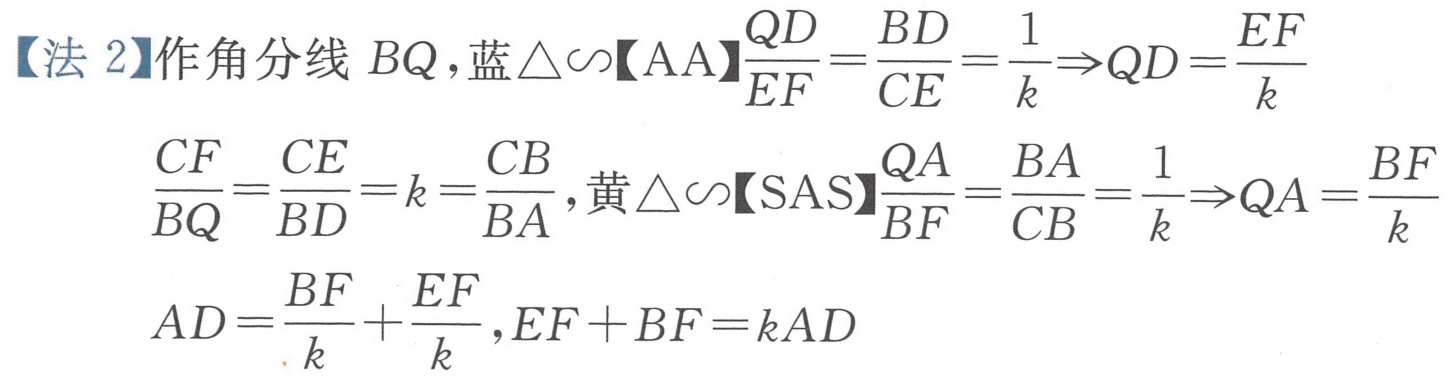
【法 2】作角分线 \(BQ\)，蓝\(\triangle\sim\)【AA】\(\frac{QD}{EF}=\frac{BD}{CE}=\frac{1}{k}\Rightarrow QD=\frac{EF}{k}\)
\(\frac{CF}{BQ}=\frac{CE}{BD}=k=\frac{CB}{BA}\)，黄\(\triangle\sim\)【SAS】\(\frac{QA}{BF}=\frac{BA}{CB}=\frac{1}{k}\Rightarrow QA=\frac{BF}{k}\)
\(AD=\frac{BF}{k}+\frac{EF}{k}\)，\(EF + BF = kAD\)